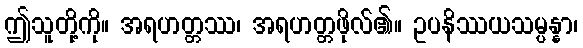
ဤသူတို့ကို။ အရဟတ္တဿ၊ အရဟတ္တဖိုလ်၏။ ဥပနိဿယသမ္ပန္နာ၊